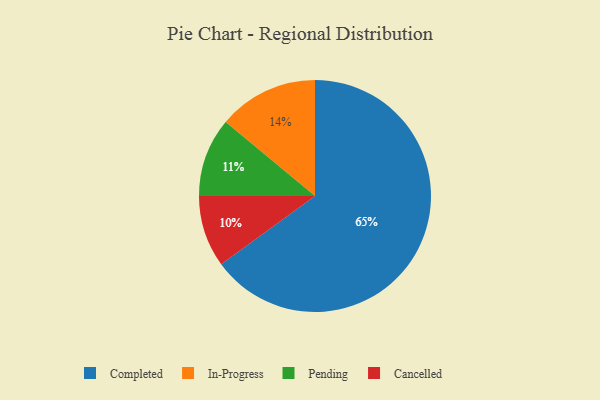
{"axis": {"x": "Category", "y": "Percentage"}, "legend": ["Cancelled", "Completed", "In-Progress", "Pending"], "data": [{"x": "Completed", "y": 65, "type": "Completed"}, {"x": "In-Progress", "y": 14, "type": "In-Progress"}, {"x": "Cancelled", "y": 10, "type": "Cancelled"}, {"x": "Pending", "y": 11, "type": "Pending"}]}